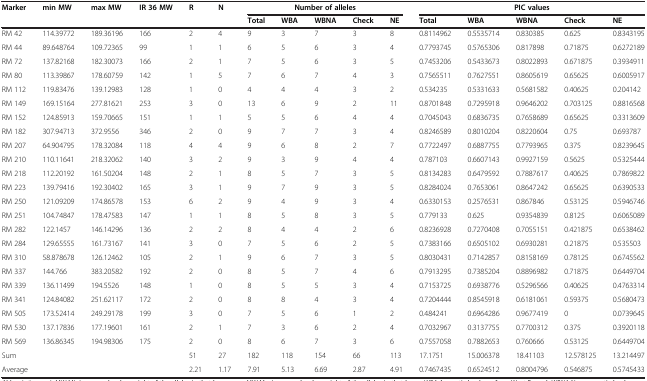
<table><thead><tr><td rowspan="2"><b>Marker</b></td><td rowspan="2"><b>min MW</b></td><td rowspan="2"><b>max MW</b></td><td rowspan="2"><b>IR 36 MW</b></td><td rowspan="2"><b>R</b></td><td rowspan="2"><b>N</b></td><td colspan="5"><b>Number of alleles</b></td><td colspan="5"><b>PIC values</b></td></tr><tr><td><b>Total</b></td><td><b>WBA</b></td><td><b>WBNA</b></td><td><b>Check</b></td><td><b>NE</b></td><td><b>Total</b></td><td><b>WBA</b></td><td><b>WBNA</b></td><td><b>Check</b></td><td><b>NE</b></td></tr></thead><tbody><tr><td>RM 42</td><td>114.39772</td><td>189.36196</td><td>166</td><td>2</td><td>4</td><td>9</td><td>3</td><td>7</td><td>3</td><td>8</td><td>0.8114962</td><td>0.5535714</td><td>0.830385</td><td>0.625</td><td>0.8343195</td></tr><tr><td>RM 44</td><td>89.648764</td><td>109.72365</td><td>99</td><td>1</td><td>1</td><td>6</td><td>5</td><td>6</td><td>3</td><td>4</td><td>0.7793745</td><td>0.5765306</td><td>0.817898</td><td>0.71875</td><td>0.6272189</td></tr><tr><td>RM 72</td><td>137.82168</td><td>182.30073</td><td>166</td><td>2</td><td>1</td><td>7</td><td>5</td><td>6</td><td>3</td><td>5</td><td>0.7453206</td><td>0.5433673</td><td>0.8022893</td><td>0.671875</td><td>0.3934911</td></tr><tr><td>RM 80</td><td>113.39867</td><td>178.60759</td><td>142</td><td>1</td><td>5</td><td>7</td><td>6</td><td>7</td><td>4</td><td>3</td><td>0.7565511</td><td>0.7627551</td><td>0.8605619</td><td>0.65625</td><td>0.6005917</td></tr><tr><td>RM 112</td><td>119.83476</td><td>139.12983</td><td>128</td><td>1</td><td>0</td><td>4</td><td>4</td><td>4</td><td>3</td><td>2</td><td>0.534235</td><td>0.5331633</td><td>0.5681582</td><td>0.40625</td><td>0.204142</td></tr><tr><td>RM 149</td><td>169.15164</td><td>277.81621</td><td>253</td><td>3</td><td>0</td><td>13</td><td>6</td><td>9</td><td>2</td><td>11</td><td>0.8701848</td><td>0.7295918</td><td>0.9646202</td><td>0.703125</td><td>0.8816568</td></tr><tr><td>RM 152</td><td>124.85913</td><td>159.70665</td><td>151</td><td>1</td><td>1</td><td>5</td><td>5</td><td>6</td><td>4</td><td>4</td><td>0.7045043</td><td>0.6836735</td><td>0.7658689</td><td>0.65625</td><td>0.3313609</td></tr><tr><td>RM 182</td><td>307.94713</td><td>372.9556</td><td>346</td><td>2</td><td>0</td><td>9</td><td>7</td><td>7</td><td>3</td><td>4</td><td>0.8246589</td><td>0.8010204</td><td>0.8220604</td><td>0.75</td><td>0.693787</td></tr><tr><td>RM 207</td><td>64.904795</td><td>178.32084</td><td>118</td><td>4</td><td>4</td><td>9</td><td>6</td><td>8</td><td>2</td><td>7</td><td>0.7722497</td><td>0.6887755</td><td>0.7793965</td><td>0.375</td><td>0.8239645</td></tr><tr><td>RM 210</td><td>110.11641</td><td>218.32062</td><td>140</td><td>3</td><td>2</td><td>9</td><td>3</td><td>9</td><td>4</td><td>4</td><td>0.787103</td><td>0.6607143</td><td>0.9927159</td><td>0.5625</td><td>0.5325444</td></tr><tr><td>RM 218</td><td>112.20192</td><td>161.50204</td><td>148</td><td>2</td><td>1</td><td>8</td><td>5</td><td>7</td><td>3</td><td>5</td><td>0.8134283</td><td>0.6479592</td><td>0.7887617</td><td>0.40625</td><td>0.7869822</td></tr><tr><td>RM 223</td><td>139.79416</td><td>192.30402</td><td>165</td><td>3</td><td>1</td><td>9</td><td>7</td><td>9</td><td>3</td><td>5</td><td>0.8284024</td><td>0.7653061</td><td>0.8647242</td><td>0.65625</td><td>0.6390533</td></tr><tr><td>RM 250</td><td>121.09209</td><td>174.86578</td><td>153</td><td>6</td><td>2</td><td>9</td><td>4</td><td>9</td><td>3</td><td>4</td><td>0.6330153</td><td>0.2576531</td><td>0.867846</td><td>0.53125</td><td>0.5946746</td></tr><tr><td>RM 251</td><td>104.74847</td><td>178.47583</td><td>147</td><td>1</td><td>1</td><td>8</td><td>5</td><td>8</td><td>3</td><td>5</td><td>0.779133</td><td>0.625</td><td>0.9354839</td><td>0.8125</td><td>0.6065089</td></tr><tr><td>RM 282</td><td>122.1457</td><td>146.14296</td><td>136</td><td>2</td><td>2</td><td>8</td><td>4</td><td>4</td><td>2</td><td>6</td><td>0.8236928</td><td>0.7270408</td><td>0.7055151</td><td>0.421875</td><td>0.6538462</td></tr><tr><td>RM 284</td><td>129.65555</td><td>161.73167</td><td>141</td><td>3</td><td>0</td><td>7</td><td>5</td><td>6</td><td>2</td><td>5</td><td>0.7383166</td><td>0.6505102</td><td>0.6930281</td><td>0.21875</td><td>0.535503</td></tr><tr><td>RM 310</td><td>58.878678</td><td>126.12462</td><td>105</td><td>2</td><td>1</td><td>9</td><td>6</td><td>7</td><td>3</td><td>5</td><td>0.8030431</td><td>0.7142857</td><td>0.8158169</td><td>0.78125</td><td>0.6745562</td></tr><tr><td>RM 337</td><td>144.766</td><td>383.20582</td><td>192</td><td>2</td><td>0</td><td>8</td><td>5</td><td>7</td><td>4</td><td>6</td><td>0.7913295</td><td>0.7385204</td><td>0.8896982</td><td>0.71875</td><td>0.6449704</td></tr><tr><td>RM 339</td><td>136.11499</td><td>194.5526</td><td>148</td><td>1</td><td>0</td><td>8</td><td>5</td><td>5</td><td>3</td><td>4</td><td>0.7153725</td><td>0.6938776</td><td>0.5296566</td><td>0.40625</td><td>0.4763314</td></tr><tr><td>RM 341</td><td>124.84082</td><td>251.62117</td><td>172</td><td>2</td><td>0</td><td>8</td><td>8</td><td>4</td><td>3</td><td>4</td><td>0.7204444</td><td>0.8545918</td><td>0.6181061</td><td>0.59375</td><td>0.5680473</td></tr><tr><td>RM 505</td><td>173.52414</td><td>249.29178</td><td>199</td><td>3</td><td>0</td><td>7</td><td>5</td><td>6</td><td>1</td><td>2</td><td>0.484241</td><td>0.6964286</td><td>0.9677419</td><td>0</td><td>0.0739645</td></tr><tr><td>RM 530</td><td>137.17836</td><td>177.19601</td><td>161</td><td>2</td><td>1</td><td>7</td><td>3</td><td>6</td><td>2</td><td>4</td><td>0.7032967</td><td>0.3137755</td><td>0.7700312</td><td>0.375</td><td>0.3920118</td></tr><tr><td>RM 569</td><td>136.86345</td><td>194.98306</td><td>175</td><td>2</td><td>0</td><td>8</td><td>6</td><td>7</td><td>3</td><td>6</td><td>0.7557058</td><td>0.7882653</td><td>0.760666</td><td>0.53125</td><td>0.6449704</td></tr><tr><td colspan="4">Sum</td><td>51</td><td>27</td><td>182</td><td>118</td><td>154</td><td>66</td><td>113</td><td>17.1751</td><td>15.006378</td><td>18.41103</td><td>12.578125</td><td>13.214497</td></tr><tr><td colspan="4">Average</td><td>2.21</td><td>1.17</td><td>7.91</td><td>5.13</td><td>6.69</td><td>2.87</td><td>4.91</td><td>0.7467435</td><td>0.6524512</td><td>0.8004796</td><td>0.546875</td><td>0.5745433</td></tr></tbody></table>